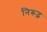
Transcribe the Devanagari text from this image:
निरूढ़